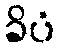
ခိပံ